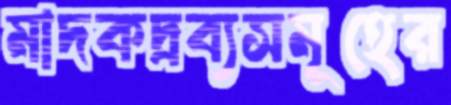
মাদকদ্রব্যসমূহের